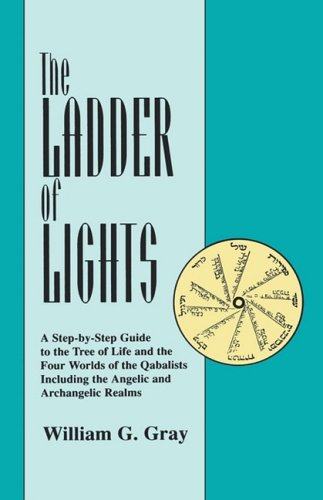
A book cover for The Ladder of Lights; William G. Gray; Religion & Spirituality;